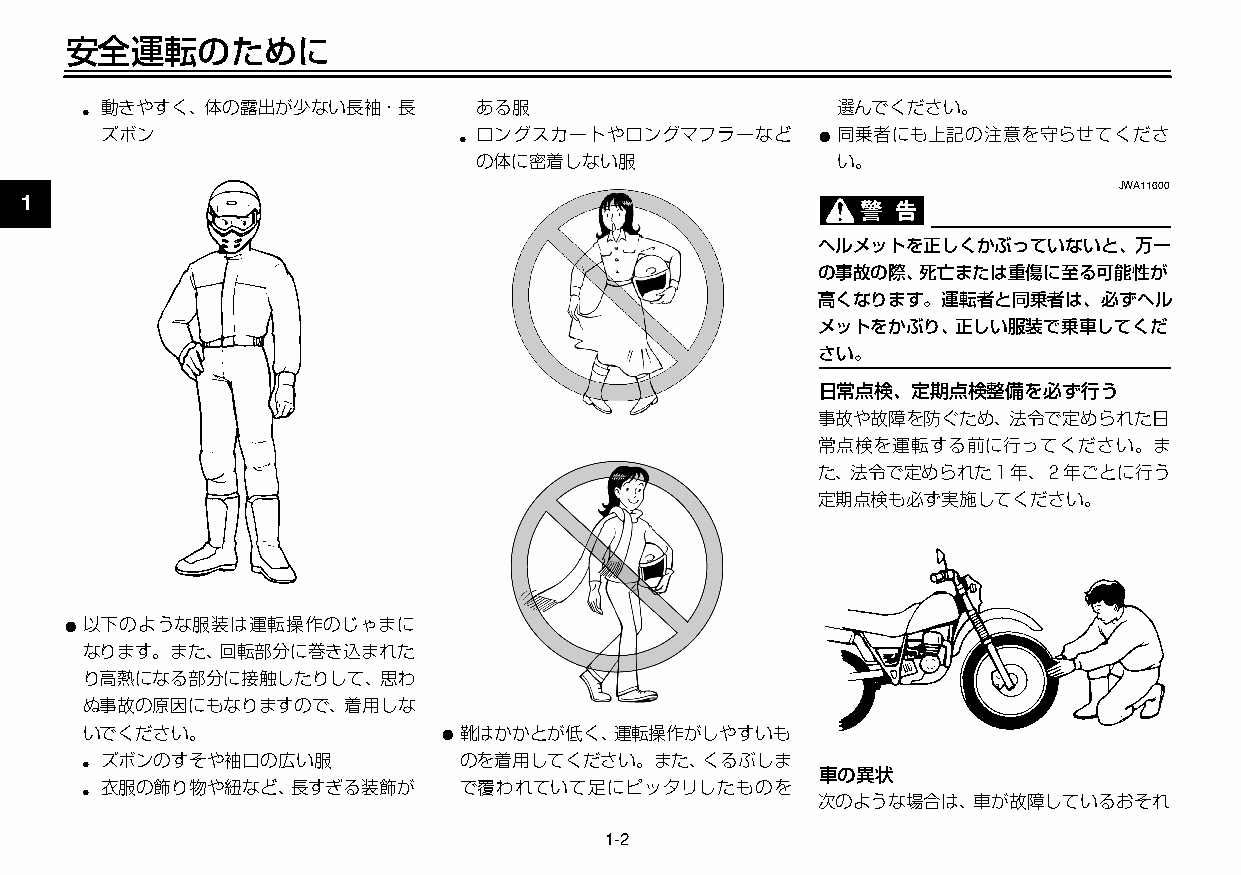
U3C5J7J0 2ページ ２００９年１１月４日 水曜日 午前９時４７分
 安全運転のために
 ● 動きやすく、体の露出が少ない長袖・長      ある服                     選んでください。
 ズボン                     ● ロングスカートやロングマフラーなど    ●同乗者にも上記の注意を守らせてくださ
 の体に密着しない服               い。
 JWA11600
 1
 ヘルメットを正しくかぶっていないと、万一
 の事故の際、死亡または重傷に至る可能性が
 高くなります。運転者と同乗者は、必ずヘル
 メットをかぶり、正しい服装で乗車してくだ
 さい。
 日常点検、定期点検整備を必ず行う
 事故や故障を防ぐため、法令で定められた日
 常点検を運転する前に行ってください。ま
 た、法令で定められた１年、２年ごとに行う
 定期点検も必ず実施してください。
 ●以下のような服装は運転操作のじゃまに
 なります。また、回転部分に巻き込まれた
 り高熱になる部分に接触したりして、思わ
 ぬ事故の原因にもなりますので、着用しな
 いでください。                ●靴はかかとが低く、運転操作がしやすいも
 ●
 ズボンのすそや袖口の広い服           のを着用してください。また、くるぶしま
 車の異状
 衣服の飾り物や紐など、長すぎる装飾が      で覆われていて足にピッタリしたものを
 ●
 次のような場合は、車が故障しているおそれ
 1-2